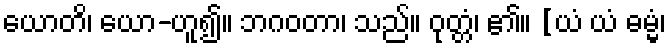
ယောတိ၊ ယော-ဟူ၍။ ဘဂဝတာ၊ သည်။ ဝုတ္တံ၊ ၏။ [ယံ ယံ ဓမ္မံ၊